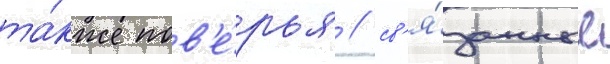
та́кже пов'е́рья / св'я́занные